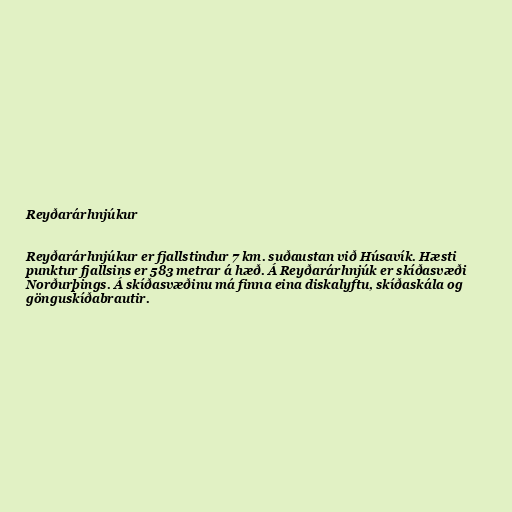
Reyðarárhnjúkur

Reyðarárhnjúkur er fjallstindur 7 km. suðaustan við Húsavík. Hæsti
punktur fjallsins er 583 metrar á hæð. Á Reyðarárhnjúk er skíðasvæði
Norðurþings. Á skíðasvæðinu má finna eina diskalyftu, skíðaskála og
gönguskíðabrautir.